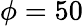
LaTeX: \phi=50